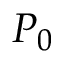
P _ { 0 }